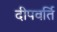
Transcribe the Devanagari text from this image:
दीपवर्ति